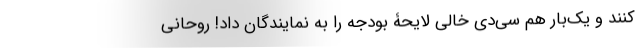
کنند و یک‌بار هم سی‌دی خالیِ لایحۀ بودجه را به نمایندگان داد! روحانی